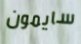
سايمون